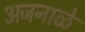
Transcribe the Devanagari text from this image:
अजनाळे